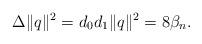
LaTeX: \begin{align*} \Delta \|q\|^2=d_0d_1\|q\|^2=8{\beta }_n. \end{align*}